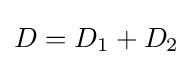
D=D_{1}+D_{2}